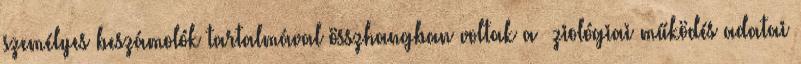
személyes beszámolók tartalmával összhangban voltak a ﬁziológiai működés adatai